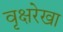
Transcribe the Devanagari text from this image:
वृक्षरेखा